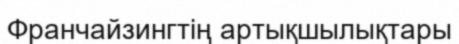
Франчайзингтің артықшылықтары